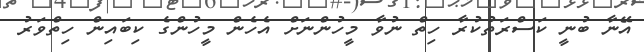
އޭނާ ބުނީ ކަސްރަތުކުރާ ހިތް ނުވާ މީހުންނަށް އެހެން މީހުންގެ ކިބައިން ހިތްވަރު